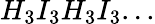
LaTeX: H_{3}I_{3}H_{3}I_{3}...